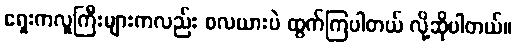
ရှေးကလူကြီးများကလည်း စလယားပဲ ထွက်ကြပါတယ် လို့ဆိုပါတယ်။